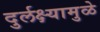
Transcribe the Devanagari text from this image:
दुर्लक्ष्यामुळे